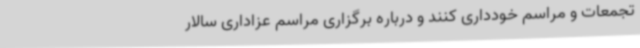
تجمعات و مراسم خودداری کنند و درباره برگزاری مراسم عزاداری سالار